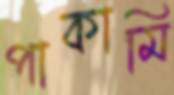
পাকামি